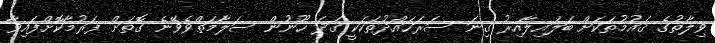
ވިލާތުގެ ޤައުމުތަކަށް ބަލައިލާއިރު ގިނަ ސަރަހައްދުތަކަކީ ގަދަ ހޫނުން ސަލާމަތްވެވޭނެ ގޮތަށް ފަރުމާކޮށްފައިވާ